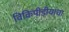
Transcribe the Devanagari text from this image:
विकिपीडीयाचा